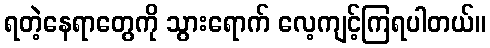
ရတဲ့နေရာတွေကို သွားရောက် လေ့ကျင့်ကြရပါတယ်။